Annual report on the lock hospitals of the Madras Presidency
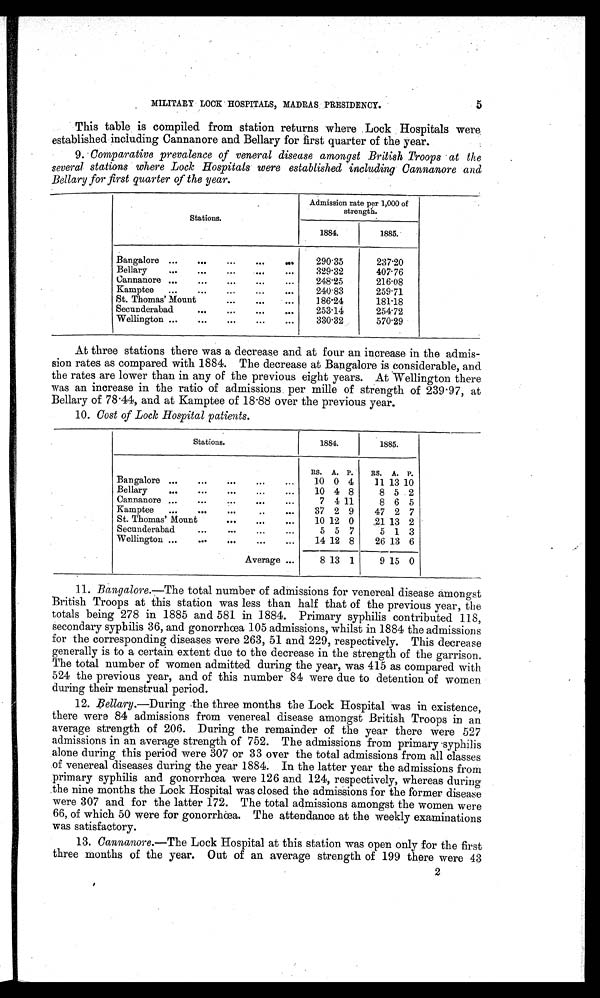
5
MILITARY LOCK HOSPITALS, MADRAS PRESIDENCY.
This table is compiled from station returns where Lock Hospitals were
established including Cannanore and Bellary for first quarter of the year.
9. Comparative prevalence of veneral disease amongst British Troops at the
several stations where Lock Hospitals were established including Cannanore and
Bellary for first quarter of the year.
Stations.
Admission rate per 1,000 of
strength.
1884.
1885.
Bangalore ...
...
...
...
...
290·35
237·20
Bellary
...
...
...
...
...
329·32
407·76
Cannanore ...
...
...
...
...
248·25
216·08
Kamptee
...
...
...
...
...
240·83
259·71
St. Thomas' Mount
...
...
186·24
181·18
Secunderabad
...
...
...
...
253·14
254·72
Wellington ...
...
...
...
...
330·32
570·29
At three stations there was a decrease and at four an increase in the admis-
sion rates as compared with 1884. The decrease at Bangalore is considerable, and
the rates are lower than in any of the previous eight years. At Wellington there
was an increase in the ratio of admissions per mil of strength of 239 . 97, at
Bellary of 78 .44, and at Kamptee of 18 .88 over the previous year.
10. Cost of Lock Hospital patients.
Stations.
1884.
1885.
RS.
A. P.
RS.
A. P.
Bangalore ...
...
...
...
...
10 0 4
11 13 10
Bellary
...
...
...
...
...
10 4 8
8 5 2
Cannanore ...
...
. . .
7 4 11
8 6 5
Kamptee
...
...
...
...
. . .
37 2 9
47 2 7
St. Thomas' Mount
. . .
10 12 0
21 13 2
Secunderabad
...
...
...
...
5 5 7
5 1 3
Wellington ...
...
. . .
14 12 8
26 13 6
Average ...
8 13 1
9 15 0
11. Bangalore.—The total number of admissions for venereal disease amongst
British Troops at this station was less than half that of the previous year, the
totals being 278 in 1885 and 581 in 1884. Primary syphilis contributed 118,
secondary syphilis 36, and gonorrhœa 105 admissions, whilst in 1884 the admissions
for the corresponding diseases were 263, 51 and 229, respectively. This decrease
generally is to a certain extent due to the decrease in the strength of the garrison,
The total number of women admitted during the year, was 415 as compared with
524 the previous year, and of this number 84 were due to detention of women
during their menstrual period.
12. Bellary.—During the three months the Lock Hospital was in existence,
there were 84 admissions from venereal disease amongst British Troops in an
average strength of 206. During the remainder of the year there were 527
admissions in an average strength of 752. The admissions from primary syphilis
alone during this period were 307 or 33 over the total admissions from all classes
of venereal diseases during the year 1884. In the latter year the admissions from
primary syphilis and gonorrhœa were 126 and 124, respectively, whereas during
the nine months the Lock Hospital was closed the admissions for the former disease
were 307 and for the latter 172. The total admissions amongst the women were
66, of which 50 were for gonorrhœa. The attendance at the weekly examinations
was satisfactory.
13. Cannanore. —The Lock Hospital at this station was open only for the first
three months of the year. Out of an average strength of 199 there were 43
2